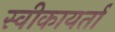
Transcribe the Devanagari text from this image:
स्वीकायर्ता